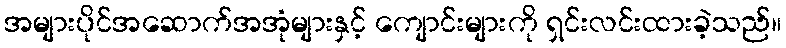
အများပိုင်အဆောက်အအုံများနှင့် ကျောင်းများကို ရှင်းလင်းထားခဲ့သည်။